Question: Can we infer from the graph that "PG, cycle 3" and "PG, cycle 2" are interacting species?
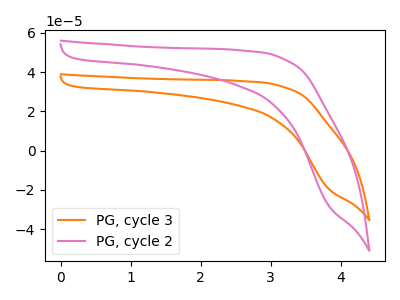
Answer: <think>The orange curve "PG, cycle 3" has no peaks. The pink curve "PG, cycle 2" has no peaks.
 Neither "PG, cycle 3" or "PG, cycle 2" have any peaks.</think>
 <answer>No, "PG, cycle 3" and "PG, cycle 2" don't appear to be significantly different in shape</answer>
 <eval>no_change</eval>